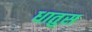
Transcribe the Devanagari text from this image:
धातुस